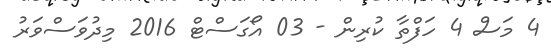
4 މަސް 4 ހަފްތާ ކުރިން - 03 އޯގަސްޓް 2016 މިދުވަސްވަރު